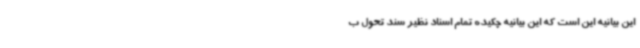
این بیانیه این است که این بیانیه چکیده تمام اسناد نظیر سند تحول ب